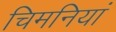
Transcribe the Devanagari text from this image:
चिमनियां